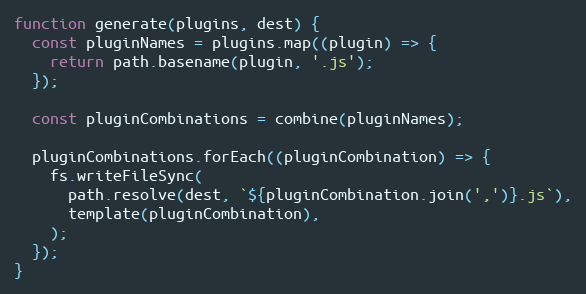
Language: JavaScript
function generate(plugins, dest) {
  const pluginNames = plugins.map((plugin) => {
    return path.basename(plugin, '.js');
  });

  const pluginCombinations = combine(pluginNames);

  pluginCombinations.forEach((pluginCombination) => {
    fs.writeFileSync(
      path.resolve(dest, `${pluginCombination.join(',')}.js`),
      template(pluginCombination),
    );
  });
}